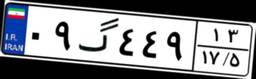
۰۹گ۴۴۹۱۳